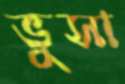
ভুসা